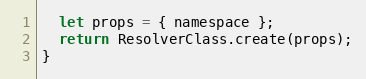
Language: JavaScript
  let props = { namespace };
  return ResolverClass.create(props);
}